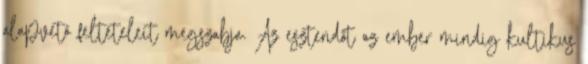
alapvető feltételeit megszabja. Az esztendőt az ember mindig kultikus